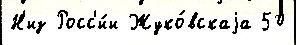
Н'из Росс'и́и Жуко́вскаjа 50